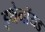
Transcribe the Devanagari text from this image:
इथेनॉयड